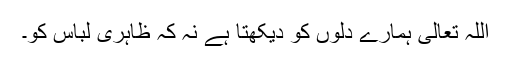
اللہ تعالیٰ ہمارے دلوں کو دیکھتا ہے نہ کہ ظاہری لباس کو۔